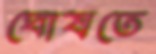
ঘোষতে